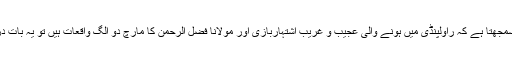
اگر کوئی سمجھتا ہے کہ راولپنڈی میں ہونے والی عجیب و غریب اشتہاربازی اور مولانا فضل الرحمٰن کا مارچ دو الگ واقعات ہیں تو یہ بات درست نہیں۔